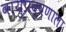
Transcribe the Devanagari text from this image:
वायुप्रदूषणाला